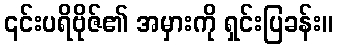
၎င်းပရိဗိုဇ်၏ အမှားကို ရှင်းပြခန်း။